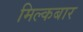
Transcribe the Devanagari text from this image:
मिल्कबार